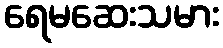
ရေမဆေးသမား